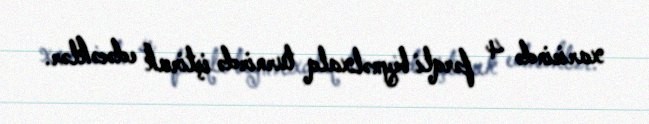
xaricində 4 fərqli beynəlxalq turnirdə iştirak edəcəklər.